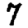
Digit: 7